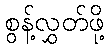
စွန့်လွှတ်ဖို့